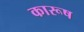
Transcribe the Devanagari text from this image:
कारूष